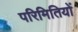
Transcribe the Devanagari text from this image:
परिमितियों